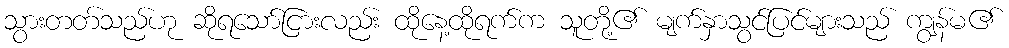
သွားတတ်သည်ဟု ဆိုရသော်ငြားလည်း ထိုနေ့ထိုရက်က သူတို့၏ မျက်နှာသွင်ပြင်များသည် ကျွန်မ၏